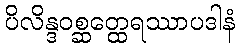
ပိလိန္ဒဝစ္ဆတ္ထေရဿာပဒါနံ